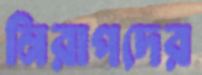
নিরাপদের